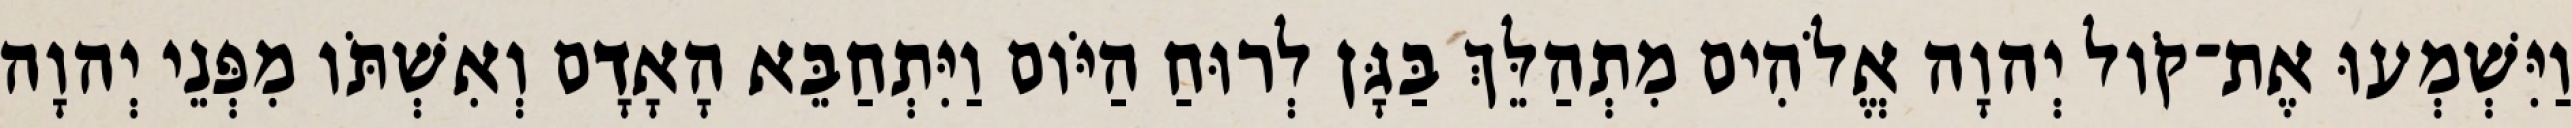
וַיִּשְׁמְעוּ אֶת־קֹול יְהוָה אֱלֹהִים מִתְהַלֵּךְ בַּגָּן לְרוּחַ הַיֹּום וַיִּתְחַבֵּא הָאָדָם וְאִשְׁתֹּו מִפְּנֵי יְהוָה